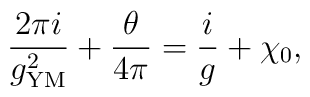
\frac{2 \pi i}{g_{\rm YM}^2} +  \frac{\theta}{4\pi} = \frac{i}{ g} +  \chi_0,